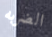
الضربه